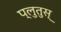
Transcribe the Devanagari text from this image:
प्लुतुस्